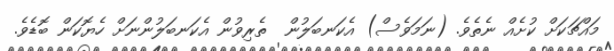
މައްޗަކަށް ކުށެއް ނެތެވެ. (ނަމަވެސް) އެކަނބަލުން  ތެރިވުން އެކަނބަލުންނަށް ހެޔޮކަން ބޮޑެވެ.